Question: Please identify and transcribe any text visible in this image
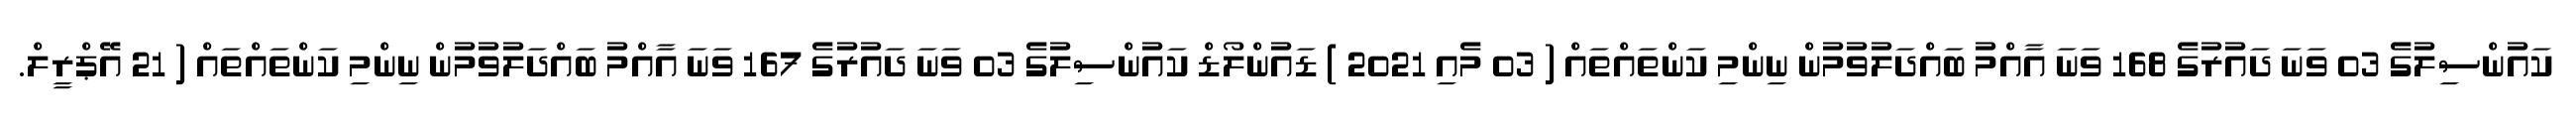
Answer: ކައުންސިލުގެ 03 ވަނަ ދައުރުގެ 168 ވަނަ އާއްމު ބައްދަލުވުމުން ނިންމި ކަންތައްތައް ( 03 މެއި 2021 ) ޑައުންލޯޑް ކައުންސިލުގެ 03 ވަނަ ދައުރުގެ 167 ވަނަ އާއްމު ބައްދަލުވުމުން ނިންމި ކަންތައްތައް ( 21 އޭޕްރީލް.